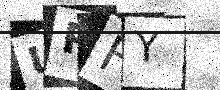
Text: UPFY